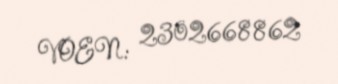
VOEN: 2302668862